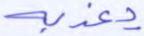
يعذبه